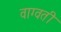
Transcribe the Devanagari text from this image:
वाग्वती